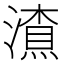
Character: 𱩃